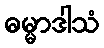
ဓမ္မာဒါသံ